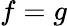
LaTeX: f=g